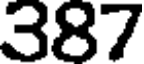
387